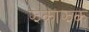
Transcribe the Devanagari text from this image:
झकाझक